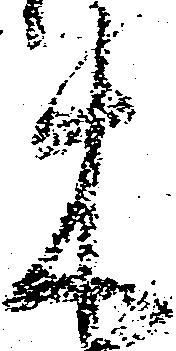
木